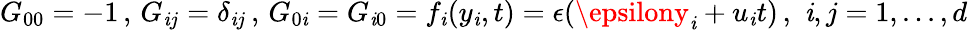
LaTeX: G_{00}=-1\, ,\, G_{\mathit{i}j}=\delta_{\mathit{i}j}\, ,\, G_{0\mathit{i}}=G_{\mathit{i}0}=f_{\mathit{i}}(y_{\mathit{i}},t)=\epsilon(\epsilony_{\mathit{i}}+u_{\mathit{i}}t)\, ,\, \, \mathit{i},j=1,...,d